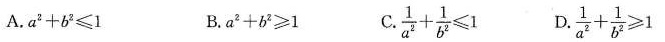
A.$$a ^ { 2 } + b ^ { 2 } ≤ 1$$ B.$$a ^ { 2 } + b ^ { 2 } ≥ 1$$ C. $$\frac { 1 } { a ^ { 2 } } + \frac { 1 } { b ^ { 2 } } ≤ 1$$ D. $$\frac { 1 } { a ^ { 2 } } + \frac { 1 } { b ^ { 2 } } ≥ 1$$